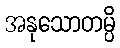
အနုသောတမ္ပိ